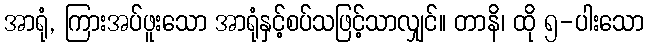
အာရုံ, ကြားအပ်ဖူးသော အာရုံနှင့်စပ်သဖြင့်သာလျှင်။ တာနိ၊ ထို ၅-ပါးသော